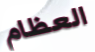
العظام